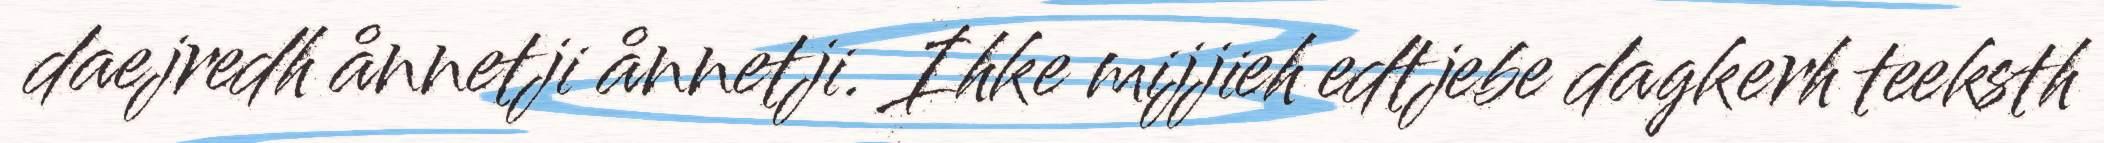
daejredh ånnetji ånnetji. Ihke mijjieh edtjebe dagkerh teeksth